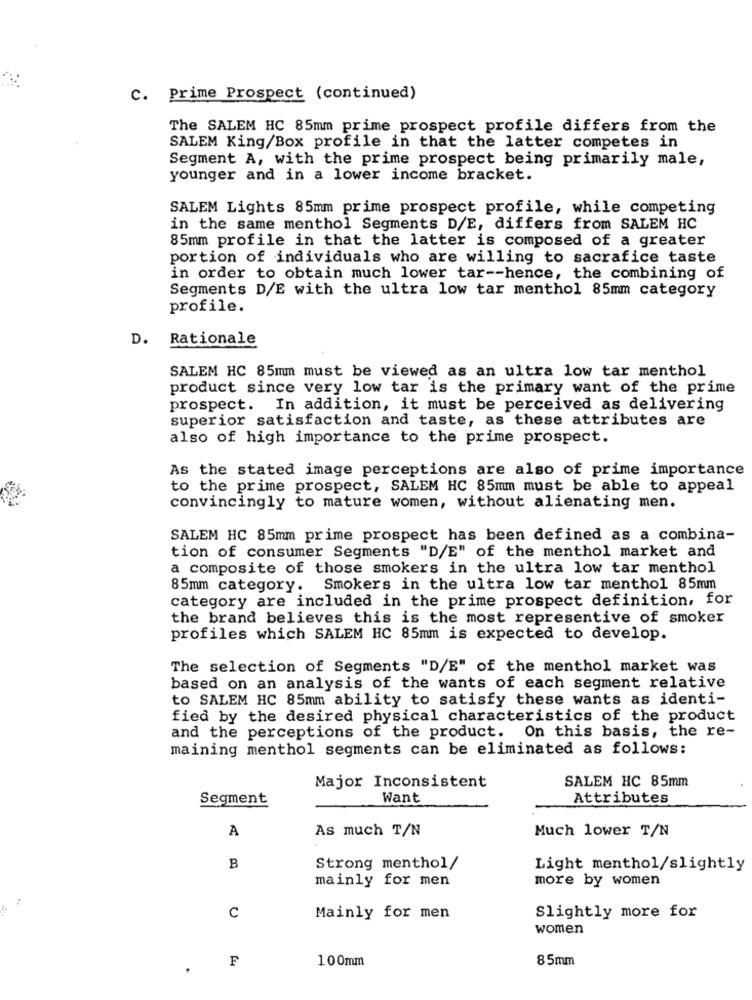
C. Prime Prospect (continued)
The SALEM HC 85mm prime prospect profile differs from the
SALEM King/Box profile in that the latter competes in
Segment A, with the prime prospect being primarily male,
younger and in a lower income bracket.
SALEM Lights 85mm prime prospect profile, while competing
in the same menthol Segments D/E, differs from SALEM HC
85mm profile in that the latter is composed of a greater
portion of individuals who are willing to sacrafice taste
in order to obtain much lower tar -- hence, the combining of
Segments D/E with the ultra low tar menthol 85mm category
profile.
D. Rationale
SALEM HC 85mm must be viewed as an ultra low tar menthol
product since very low tar is the primary want of the prime
prospect. In addition, it must be perceived as delivering
superior satisfaction and taste, as these attributes are
also of high importance to the prime prospect.
As the stated image perceptions are also of prime importance
to the prime prospect, SALEM HC 85mm must be able to appeal
convincingly to mature women, without alienating men.
SALEM HC 85mm prime prospect has been defined as a combina-
tion of consumer Segments "D/E" of the menthol market and
a composite of those smokers in the ultra low tar menthol
85mm category.
Smokers in the ultra low tar menthol 85mm
category are included in the prime prospect definition, for
the brand believes this is the most representive of smoker
profiles which SALEM HC 85mm is expected to develop.
The selection of Segments "D/E" of the menthol market was
based on an analysis of the wants of each segment relative
to SALEM HC 85mm ability to satisfy these wants as identi-
fied by the desired physical characteristics of the product
and the perceptions of the product. On this basis, the re-
maining menthol segments can be eliminated as follows:
SALEM HC 85mm
Major Inconsistent
Segment
Want
Attributes
A
As much T/N
Much lower T/N
B
Strong menthol/
Light menthol/slightly
mainly for men
more by women
C
Mainly for men
Slightly more for
women
F
100mm
85mm
.